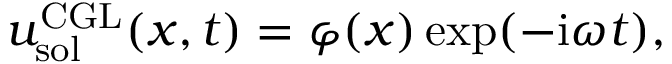
u _ { \mathrm { s o l } } ^ { \mathrm { C G L } } ( x , t ) = \varphi ( x ) \exp ( - \mathrm { i } \omega t ) ,